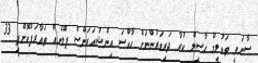
ސާނަވީ ތައުލީމް ހާސިލް ކުރާ ދަރިވަރުންނަށް ހާއްސަ އިންޝުއަރަންސް ޕްލޭނެއް ތައާރަފްކޮށްފި 33